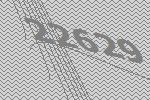
22629